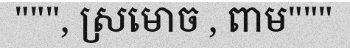
""", ស្រមោច , ពាម"""